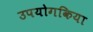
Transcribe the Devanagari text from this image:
उपयोगकिया